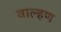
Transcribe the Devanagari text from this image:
वाल्हण